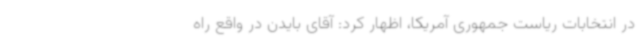
در انتخابات ریاست جمهوری آمریکا، اظهار کرد: آقای بایدن در واقع راه